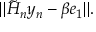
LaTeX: \| { \tilde { H } } _ { n } y _ { n } - \beta e _ { 1 } \| .